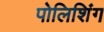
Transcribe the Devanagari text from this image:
पोलिशिंग